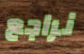
نراجع